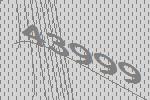
43999